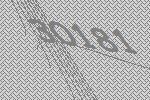
30181